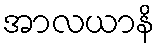
အာလယာနိ